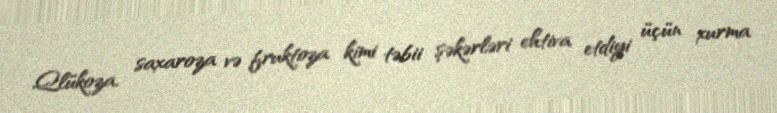
Qlükoza, saxaroza və fruktoza kimi təbii şəkərləri ehtiva etdiyi üçün xurma